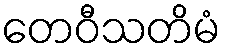
တေဝီသတိမံ